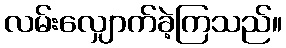
လမ်းလျှောက်ခဲ့ကြသည်။